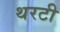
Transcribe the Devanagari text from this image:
थरटी